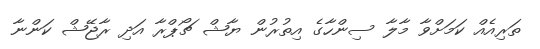
ތަރިއެއް ކަމަށްވާ މާލާ ސިންހާގެ އިތުރުން ޔާޝް ޗޯޕްރާ އަދި ރާޖޭޝް ކަންނާ